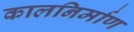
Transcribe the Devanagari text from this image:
कालनिर्माण